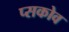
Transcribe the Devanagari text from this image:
प्सकोव